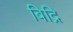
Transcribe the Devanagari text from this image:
बिद्रि